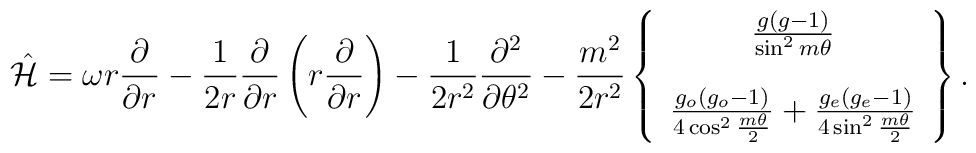
\hat{\cal H}=\omega r{\partial\over{\partial   r}}   -{1\over2r}{\partial\over{\partial r}}   \left(r{\partial\over{\partial r}}   \right)   -{1\over2r^2}{\partial^2\over{\partial\theta^2}}   -{m^2\over2r^2}\left\{\begin{array}{c}   {g(g-1)\over{\sin^2m\theta}}\\[12pt]   {g_o(g_o-1)\over{4\cos^2{m\theta\over2}}}+   {g_e(g_e-1)\over{4\sin^2{m\theta\over2}}}   \end{array}   \right\}.